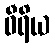
ဝီရိယ